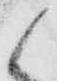
候